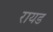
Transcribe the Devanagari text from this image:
रायड